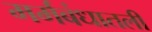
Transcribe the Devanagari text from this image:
मर्मबंधातली